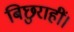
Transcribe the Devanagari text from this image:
बिछुराहीं।